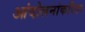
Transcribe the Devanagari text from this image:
आंदोलनांकरिता